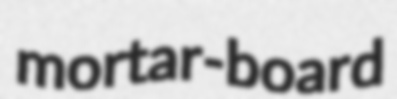
mortar-board